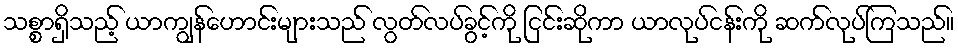
သစ္စာရှိသည့် ယာကျွန်ဟောင်းများသည် လွတ်လပ်ခွင့်ကို ငြင်းဆိုကာ ယာလုပ်ငန်းကို ဆက်လုပ်ကြသည်။